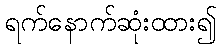
ရက်နောက်ဆုံးထား၍